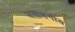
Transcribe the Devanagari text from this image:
असाहनीय